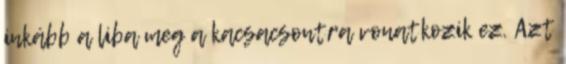
inkább a liba meg a kacsacsontra vonatkozik ez. Azt